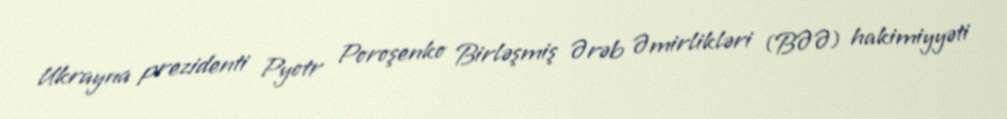
Ukrayna prezidenti Pyotr Poroşenko Birləşmiş Ərəb Əmirlikləri (BƏƏ) hakimiyyəti